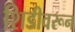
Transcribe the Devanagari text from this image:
शिडीवरून